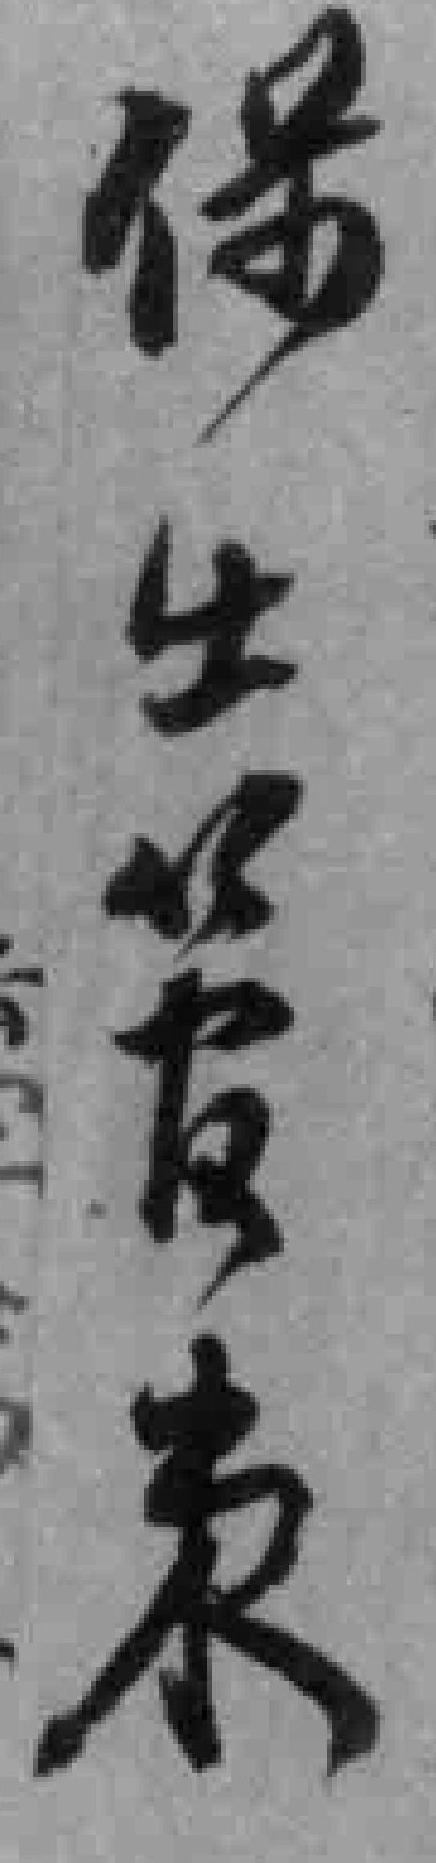
保*發来